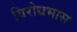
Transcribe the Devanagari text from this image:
विरोधभास